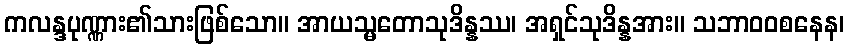
ကလန္ဒပုဏ္ဏား၏သားဖြစ်သော။ အာယသ္မတောသုဒိန္နဿ၊ အရှင်သုဒိန္နအား။ သဘာဝဝစနေန၊